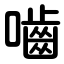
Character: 嚙